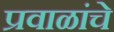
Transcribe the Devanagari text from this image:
प्रवाळांचे